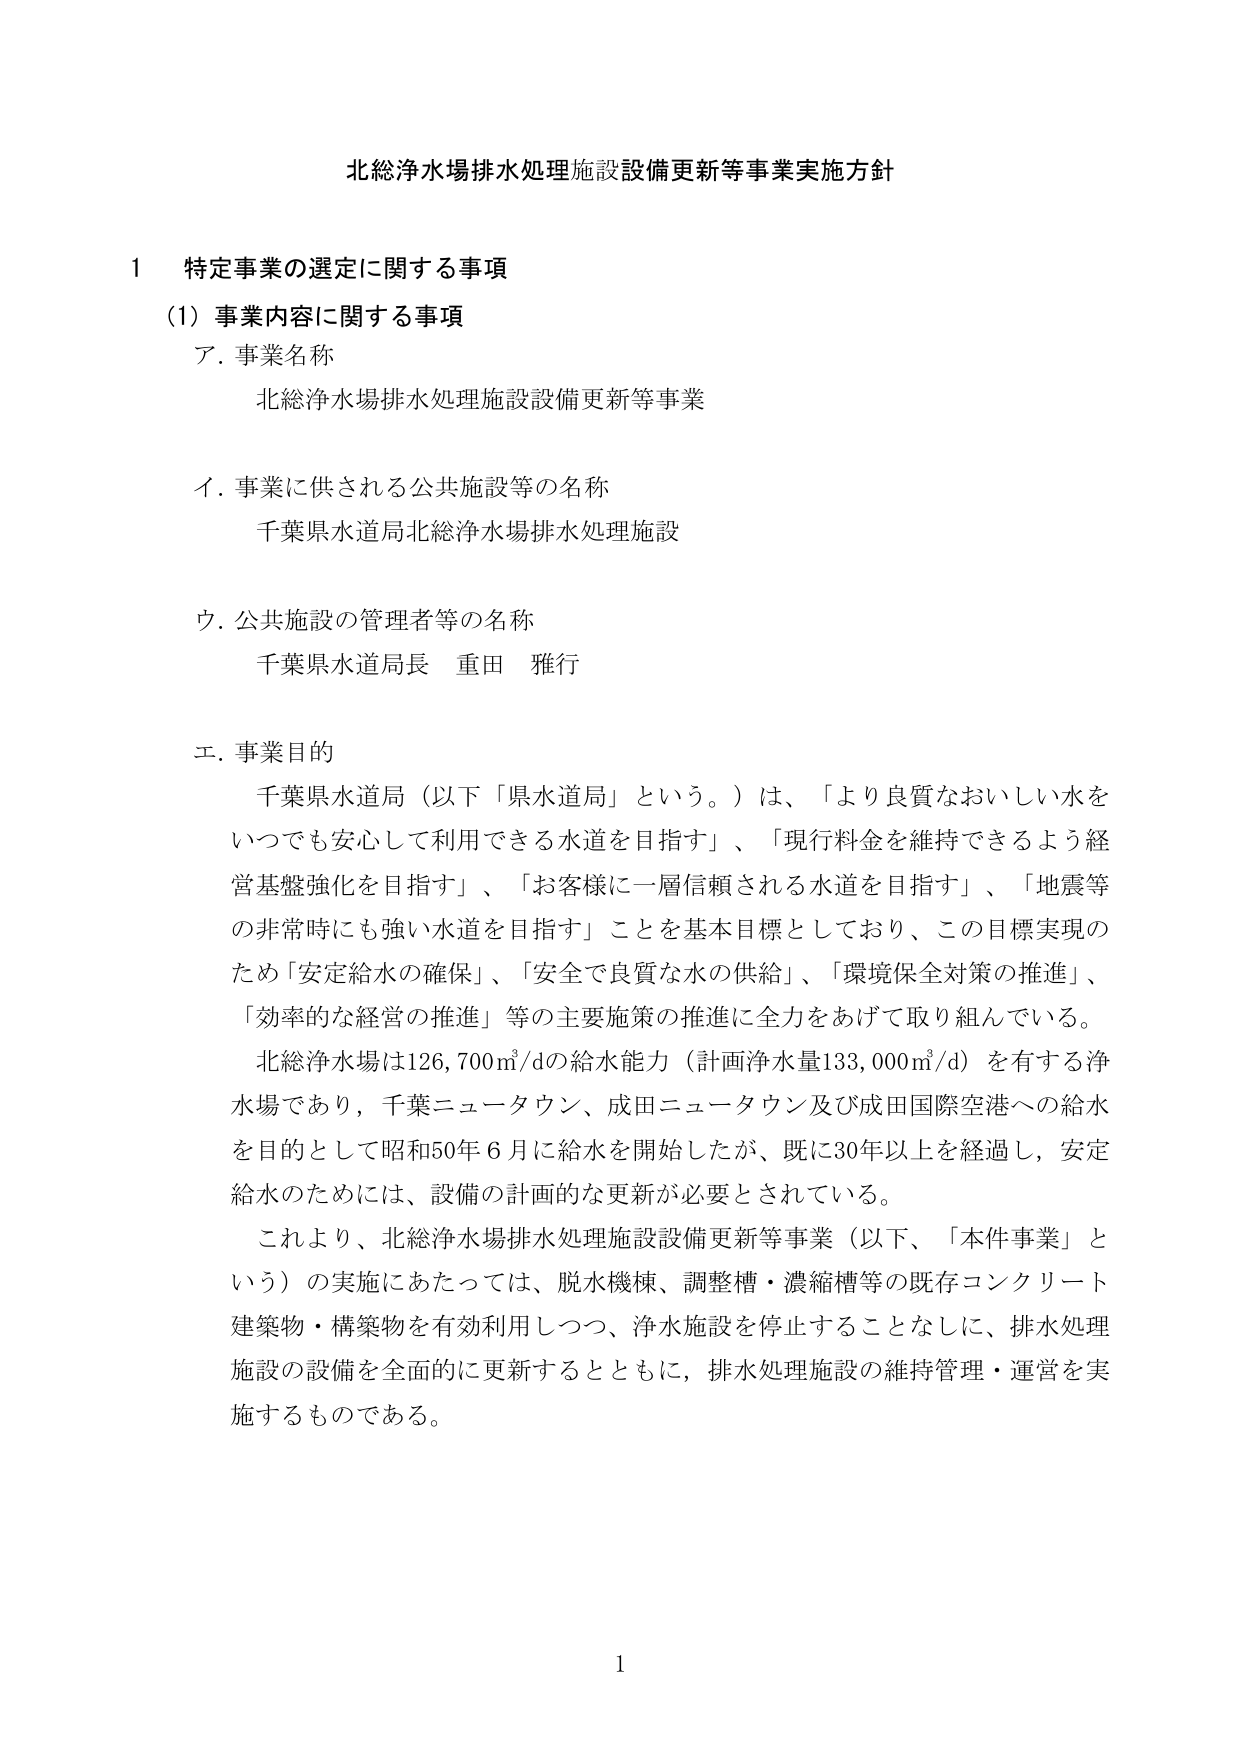
北総浄水場排水処理施設設備更新等事業実施方針

1 特定事業の選定に関する事項
(1) 事業内容に関する事項
ア. 事業名称
　北総浄水場排水処理施設設備更新等事業

イ. 事業に供される公共施設等の名称
　千葉県水道局北総浄水場排水処理施設

ウ. 公共施設の管理者等の名称
　千葉県水道局長 重田 雅行

エ. 事業目的
　千葉県水道局（以下「県水道局」という。）は、「より良質なおいしい水を
いつでも安心して利用できる水道を目指す」、「現行料金を維持できるよう経
営基盤強化を目指す」、「お客様に一層信頼される水道を目指す」、「地震等
の非常時にも強い水道を目指す」ことを基本目標としており、この目標実現の
ため「安定給水の確保」、「安全で良質な水の供給」、「環境保全対策の推進」、
「効率的な経営の推進」等の主要施策の推進に全力をあげて取り組んでいる。
　北総浄水場は126,700㎥/dの給水能力（計画浄水量133,000㎥/d）を有する浄
水場であり、千葉ニュータウン、成田ニュータウン及び成田国際空港への給水
を目的として昭和50年6月に給水を開始したが、既に30年以上を経過し、安定
給水のためには、設備の計画的な更新が必要とされている。
　これより、北総浄水場排水処理施設設備更新等事業（以下、「本件事業」と
いう）の実施にあたっては、脱水機棟、調整槽・濃縮槽等の既存コンクリート
建築物・構築物を有効利用しつつ、浄水施設を停止することなしに、排水処理
施設の設備を全面的に更新するとともに、排水処理施設の維持管理・運営を実
施するものである。

1